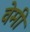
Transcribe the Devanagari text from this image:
वेमी